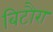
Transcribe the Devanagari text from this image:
बिटौरा